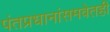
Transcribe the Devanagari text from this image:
पंतप्रधानांसमवेतही